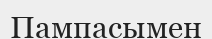
Пампасымен